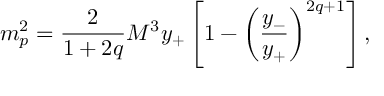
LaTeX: m _ { p } ^ { 2 } = { \frac { 2 } { 1 + 2 q } } { M ^ { 3 } y _ { + } } \left[ 1 - \left( { \frac { y _ { - } } { y _ { + } } } \right) ^ { 2 q + 1 } \right] ,